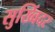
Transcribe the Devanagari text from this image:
सुख्विंदर